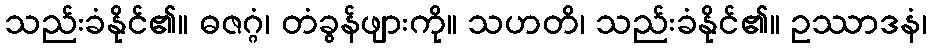
သည်းခံနိုင်၏။ ဓဇဂ္ဂံ၊ တံခွန်ဖျားကို။ သဟတိ၊ သည်းခံနိုင်၏။ ဥဿာဒနံ၊